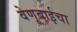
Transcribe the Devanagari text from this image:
वेणूबाईचा